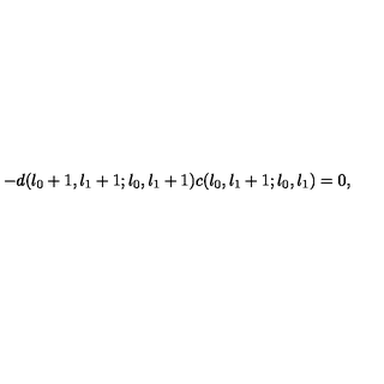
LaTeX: - d ( l _ { 0 } + 1 , l _ { 1 } + 1 ; l _ { 0 } , l _ { 1 } + 1 ) c ( l _ { 0 } , l _ { 1 } + 1 ; l _ { 0 } , l _ { 1 } ) = 0 ,